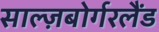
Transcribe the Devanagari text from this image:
साल्ज़बोर्गरलैंड